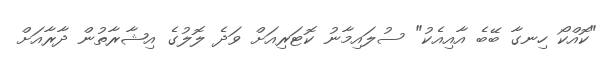
"ކޮއްކޯ ހިނގާ ބޭބެ އާއިއެކު" ސުލައިމާނު ކޮޓަރިއަށް ވަދެ ލޮލުގެ އިޝާރާތުން ދާރާއަށް